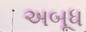
અબૂધ